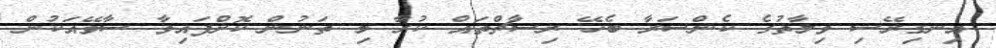
އިނގިރޭސި ވިލާތުގެ ކެންސަރާ ބެހޭ ރިސާޗްތައް ކުރާ މި ތަނުން ކޮށްފައިވާ ސާވޭއަކުން